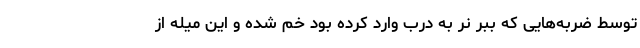
توسط ضربه‌هایی که ببر نر به درب وارد کرده بود خم شده و این میله از